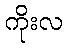
ကိုးလ